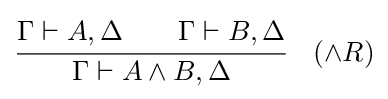
{\cfrac {\Gamma \vdash A,\Delta \qquad \Gamma \vdash B,\Delta }{\Gamma \vdash A\land B,\Delta }}\quad ({\land }R)